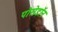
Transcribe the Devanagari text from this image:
पोसेडॉन